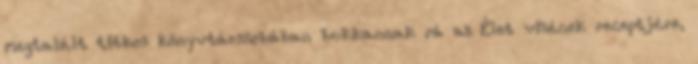
megtalált titkos könyvtárszobában bukkannak rá az Élet vizének receptjére,